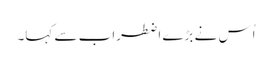
اُس نے بڑے اضطراب سے کہا۔